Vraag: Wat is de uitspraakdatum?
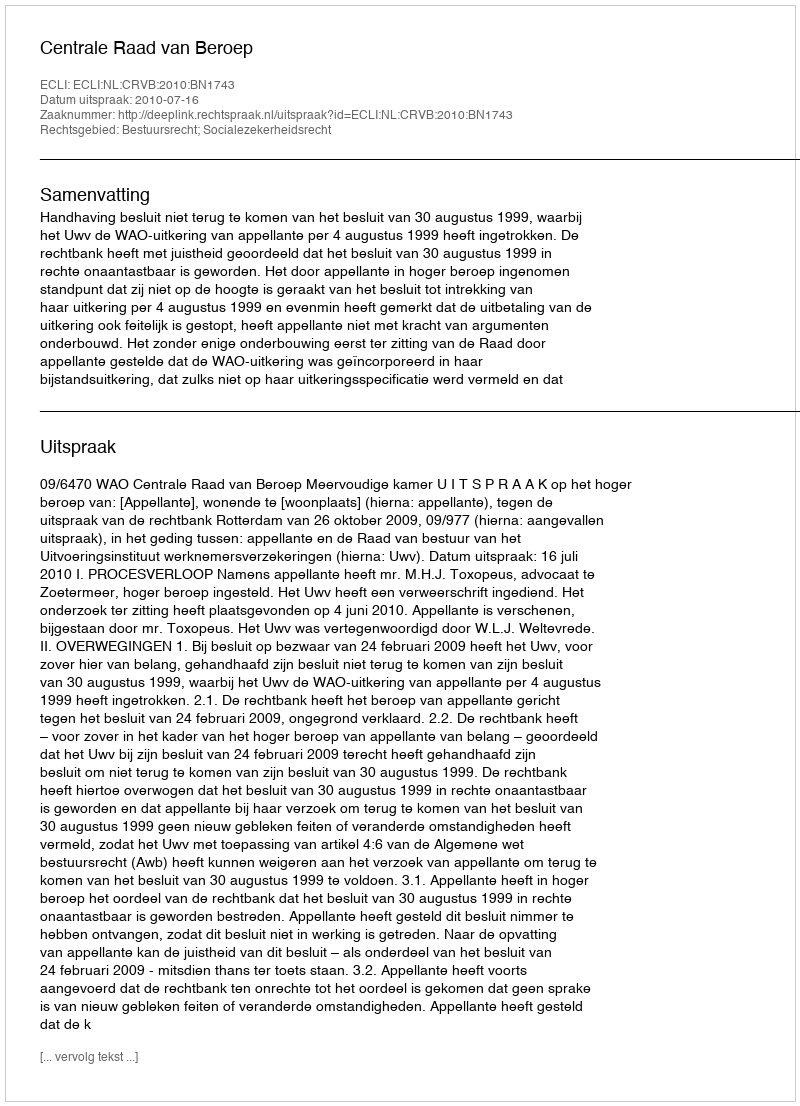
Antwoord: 2010-07-16